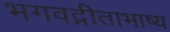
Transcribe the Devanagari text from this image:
भगवद्गीताभाष्य